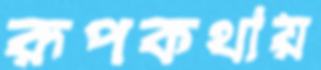
রূপকথায়